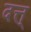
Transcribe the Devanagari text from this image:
दत्त्